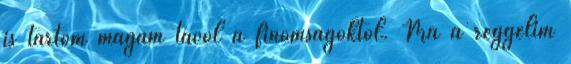
is tartom magam távol a finomságoktól. Ma a reggelim